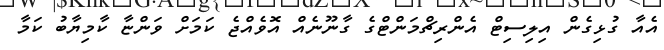
އެއާ ގުޅިގެން އިލިސިޓް އެންރިޗްމަންޓްގެ ގާނޫނެއް އޮވެއްޖެ ކަމަށް ވަންޏާ ކާމިޔާބު ކަމާ